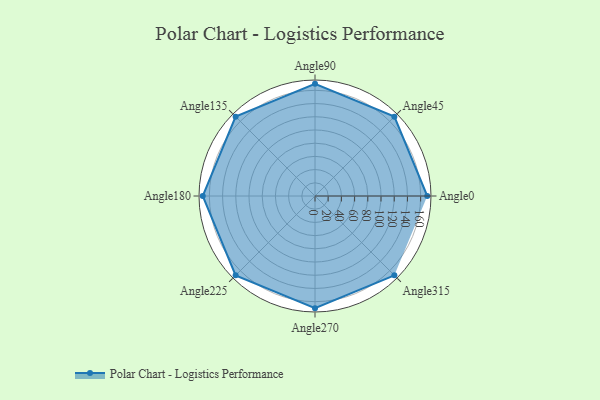
{"axis": {"x": "Angle", "y": "Radius"}, "legend": [""], "data": [{"x": "Angle0", "y": 170, "type": ""}, {"x": "Angle45", "y": 170, "type": ""}, {"x": "Angle90", "y": 170.0, "type": ""}, {"x": "Angle135", "y": 170, "type": ""}, {"x": "Angle180", "y": 170, "type": ""}, {"x": "Angle225", "y": 170, "type": ""}, {"x": "Angle270", "y": 170, "type": ""}, {"x": "Angle315", "y": 170, "type": ""}]}